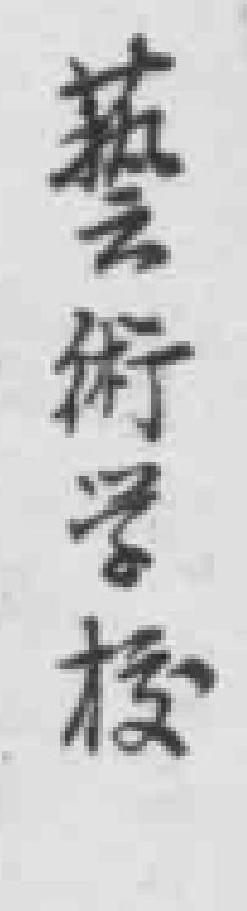
藝術學校